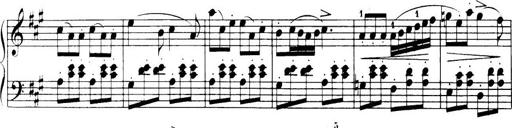
Title: 32 Sonatinas and Rondos for the Piano
Composer: Richard Kleinmichel